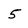
Character: 5